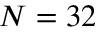
N = 3 2